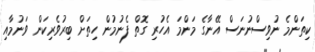
ކިތަންމެ ނުވިސްނުނަސް އޭނާގެ މަންމަ އެހުރި ގޮތް ފެނުމުން ހިތަށް ބިރުވެރިކަން ވަނުމާއި